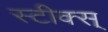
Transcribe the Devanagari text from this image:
स्टीक्स्